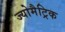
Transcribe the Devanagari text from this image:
ज्योमैट्रिक